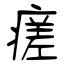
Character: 瘥